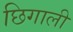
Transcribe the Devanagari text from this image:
छिगाली